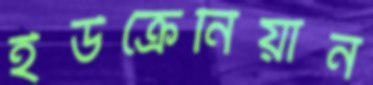
ইউক্রেনিয়ান